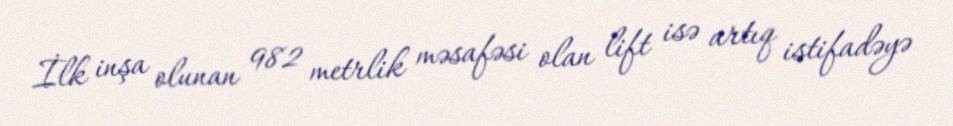
İlk inşa olunan 982 metrlik məsafəsi olan lift isə artıq istifadəyə